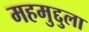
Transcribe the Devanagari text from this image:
महमुद्दुला